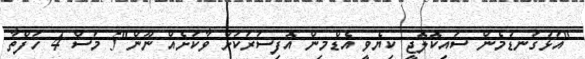
"އަޅުގަނޑުމެން ސައިކޮލޮޖީ ކިޔެވީ އެޑްމިން އޮފިސަރަކަށް ވާކަށެއް ނޫން"5 މަސް 4 ހަފްތާ